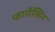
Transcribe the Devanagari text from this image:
फार्मेलिन